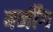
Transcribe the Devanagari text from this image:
बर्नींग